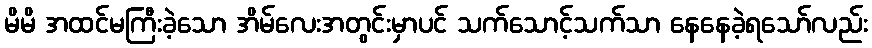
မိမိ အထင်မကြီးခဲ့သော အိမ်လေးအတွင်းမှာပင် သက်သောင့်သက်သာ နေနေခဲ့ရသော်လည်း